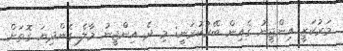
މަރުކަޒީ އިންޖީނު ގެއިން ބޭރުކުރަނީ: މި ދެ އިންޖީނު މާލެ ގެންދިޔަ ގޮތަށް